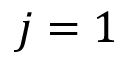
j = 1